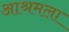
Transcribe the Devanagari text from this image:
आश्रमला